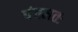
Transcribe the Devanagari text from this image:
पंचमतः